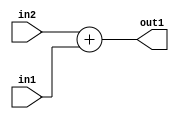
`timescale 1ps / 1ps
/*****************************************************************************
    Verilog RTL Description
    
    
    Created by: Stratus DpOpt 21.05.01 
*******************************************************************************/

module SobelFilter_Add_32Sx10U_32S_1 (
	in2,
	in1,
	out1
	); /* architecture "behavioural" */ 
input [31:0] in2;
input [9:0] in1;
output [31:0] out1;
wire [31:0] asc001;

assign asc001 = 
	+(in2)
	+(in1);

assign out1 = asc001;
endmodule

/* CADENCE  urj4Qw0= : u9/ySxbfrwZIxEzHVQQV8Q== ** DO NOT EDIT THIS LINE ******/